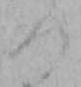
つ